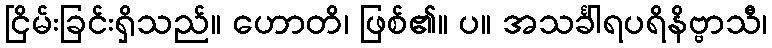
ငြိမ်းခြင်းရှိသည်။ ဟောတိ၊ ဖြစ်၏။ ပ။ အသင်္ခါရပရိနိဗ္ဗာသီ၊